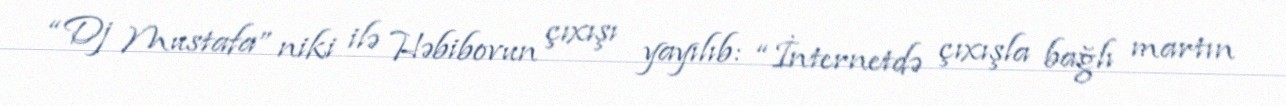
“Dj Mustafa” niki ilə Həbibovun çıxışı yayılıb: “İnternetdə çıxışla bağlı martın